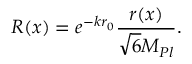
R ( x ) = e ^ { - k r _ { 0 } } \frac { r ( x ) } { \sqrt { 6 } M _ { P l } } .